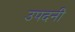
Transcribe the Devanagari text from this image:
उपदनी